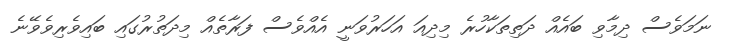
ނަމަވެސް ދިމާވި ބައެއް ދަތިތަކާހުރެ މިދިއަ އަހަރުވަނީ އެއްވެސް ފަރާތެއް މިދަތުރުގައި ބައިވެރިވެވޭނެ